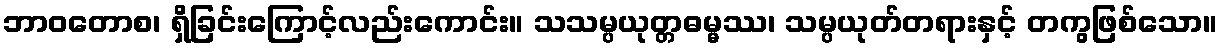
ဘာဝတောစ၊ ရှိခြင်းကြောင့်လည်းကောင်း။ သသမ္ပယုတ္တဓမ္မဿ၊ သမ္ပယုတ်တရားနှင့် တကွဖြစ်သော။